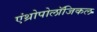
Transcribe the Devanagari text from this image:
एंथ्रोपोलॉजिकल